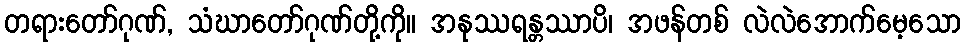
တရားတော်ဂုဏ်, သံဃာတော်ဂုဏ်တို့ကို။ အနုဿရန္တဿာပိ၊ အဖန်တစ် လဲလဲအောက်မေ့သော